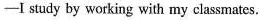
——I study by working with my classmates.